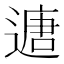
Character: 𮞻